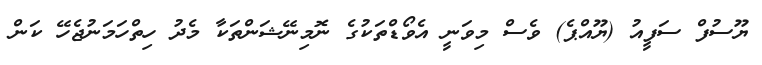
ޔޫސުފް ސަފީއު (ޔޫއްޕެ) ވެސް މިވަނީ އެވޯޑްތަކުގެ ނޮމިނޭޝަންތަކާ މެދު ހިތްހަމަނުޖެހޭ ކަން